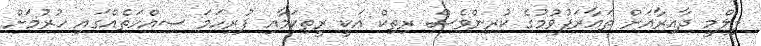
ފިލްމީ ދާއިރާއަށް ތައާރަފުވުމުގެ ކުރިންވެސް ރިތިކް އަކީ ރީތިކަމާއި ފުރިހަމަ ސިއްހަތެއްގައި ހުރުމަށް